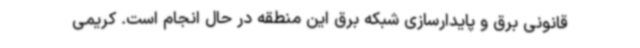
قانونی برق و پایدارسازی شبکه برق این منطقه در حال انجام است. کریمی